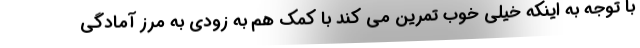
با توجه به اینکه خیلی خوب تمرین می کند با کمک هم به زودی به مرز آمادگی